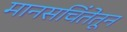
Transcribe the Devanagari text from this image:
मानसचिंतेतून